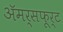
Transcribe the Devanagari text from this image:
अॅमर्सफूर्ट